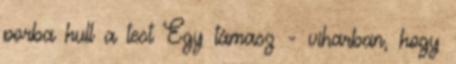
porba hull a test Egy támasz - viharban, hogy